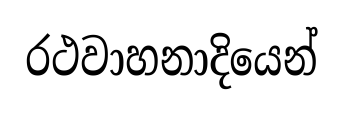
රථවාහනාදියෙන්